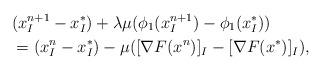
LaTeX: \begin{align*}&(x_I^{n+1} - x_I^*) + \lambda \mu (\phi_1(x_I^{n+1})-\phi_1(x_I^*))\\&= (x_I^{n} - x_I^*) - \mu ([\nabla F(x^n)]_I - [\nabla F(x^*)]_I),\end{align*}